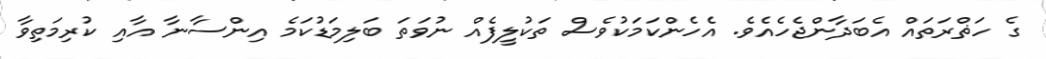
ގެ ހަޡްރަތައް އެބަދާންޖެހެއެވެ. އެހެންކަމަކުވެސް ތަކުލީފެއް ނުވަތަ ބަލިމަޑުކަމެ އިންސާނާ އާއި ކުރިމަތިވާ